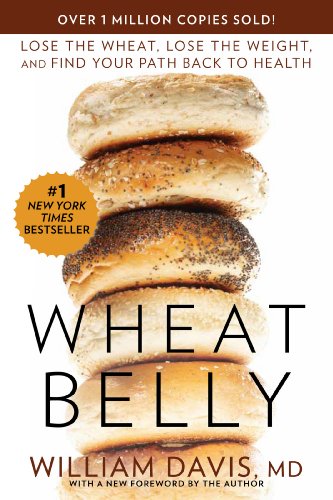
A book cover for Wheat Belly: Lose the Wheat, Lose the Weight, and Find Your Path Back to Health; William Davis; Health, Fitness & Dieting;